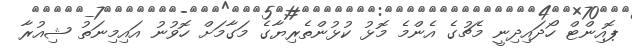
ޕޮއިންޓް ހޯދައިދިނީ މެޗުގެ އެންމެ މޮޅު ކުޅުންތެރިޔާގެ މަގާމަށް ހޮވުނު އައިމިނަތު ޝިއުރާ